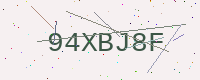
Text: 94XBJ8F